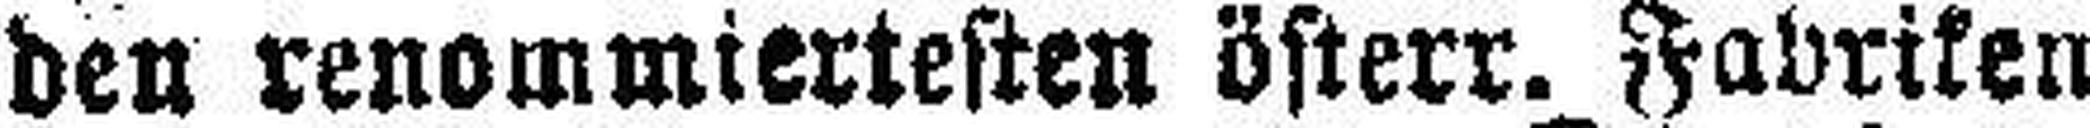
den renommiertesten österr. Fabriken